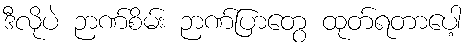
ဒီလိုပဲ ဉာဏ်စိမ်း ဉာဏ်ပြာတွေ ထုတ်ရတာပေါ့